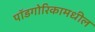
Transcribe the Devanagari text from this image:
पॉडगोरिकामधील